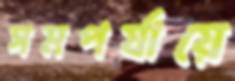
সমপর্যায়ে